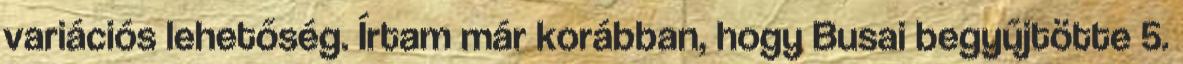
variációs lehetőség. Írtam már korábban, hogy Busai begyűjtötte 5.